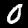
Label: 0